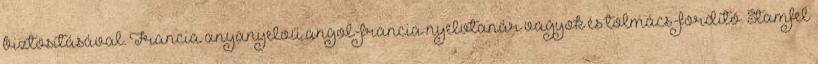
biztosításával. Francia anyanyelvű angol-francia nyelvtanár vagyok és tolmács-fordító. Stamfel